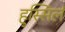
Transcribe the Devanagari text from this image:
हुस्सिर्ल